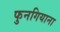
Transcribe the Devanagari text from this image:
फुनगियाना